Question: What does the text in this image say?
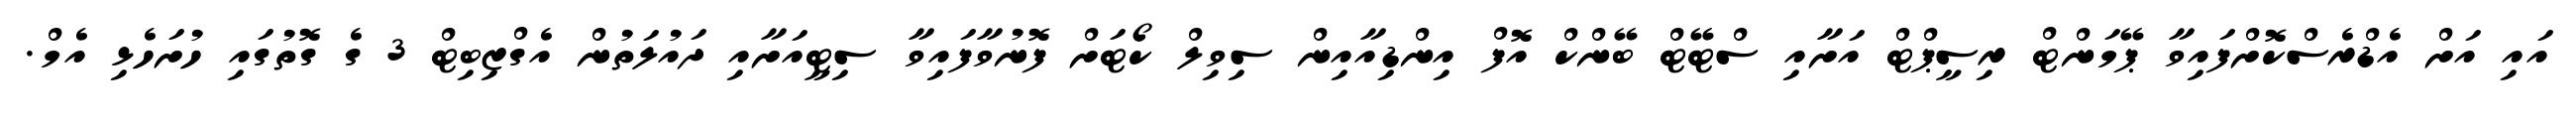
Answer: އައި އަށް އެޑްރެސްކޮށްފައިވާ ޕޭމަންޓް ރިސީޕްޓް އަށާއި ސްޓޭޓް ބޭންކް އޮފް އިންޑިއާއިން ސިވިލް ކޯޓަށް ފޮނުވާފައިވާ ސިޓީއަށާއި ދައުލަތުން އެގްޒިބިޓް 3 ގެ ގޮތުގައި ހުށަހެޅި އެމް.